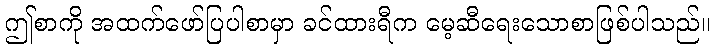
ဤစာကို အထက်ဖော်ပြပါစာမှာ ခင်ထားရီက မေ့ဆီရေးသောစာဖြစ်ပါသည်။